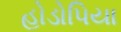
હોડોપિયા